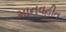
માનવહીત